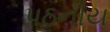
પઠનીય